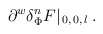
\begin{align*}\partial ^w \delta ^n_{\Phi }F |_{\, 0, \, 0, \, l} \, .\end{align*}